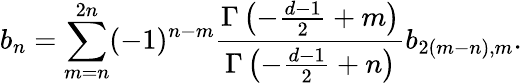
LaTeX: b_{n}=\sum_{m=n}^{2n}(-1)^{n-m}{\frac{\Gamma\left(-{\frac{d-1}{2}}+m\right)}{\Gamma\left(-{\frac{d-1}{2}}+n\right)}}b_{2(m-n),m}.